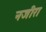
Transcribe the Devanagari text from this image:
नजीरा